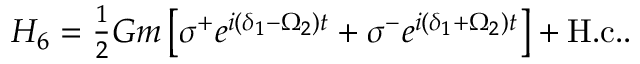
\begin{array} { r } { H _ { 6 } = \frac { 1 } { 2 } G m \left[ \sigma ^ { + } e ^ { i ( \delta _ { 1 } - \Omega _ { 2 } ) t } + \sigma ^ { - } e ^ { i ( \delta _ { 1 } + \Omega _ { 2 } ) t } \right] + \mathrm { H . c . } . } \end{array}